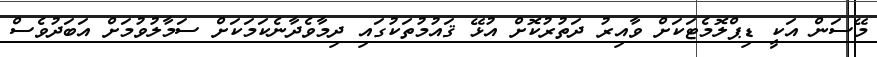
މޭސަން އަކީ ޑިޕްލޮމެޓަކަށް ވާއިރު ދަތުރުކޮށް އުޅޭ ޤައުމުތަކުގައި ދިމާވެދާނެކަމަކަށް ސަމާލުވުމަށް އަބަދުވެސް